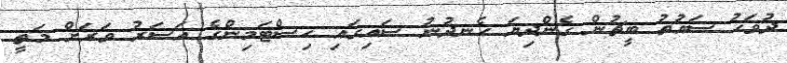
ދުވަހު ސައުތު ބީޗުން ގެންދިޔަ ހެނދުނު ސައިގައި ހިސްޓަމިންގެ އަސަރު ވަރަށް މަތީ